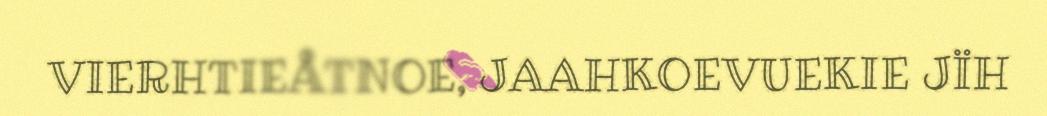
VIERHTIEÅTNOE, JAAHKOEVUEKIE JÏH